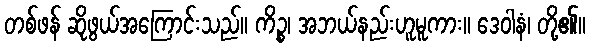
တစ်ဖန် ဆိုဖွယ်အကြောင်းသည်။ ကိဉ္စ၊ အဘယ်နည်းဟူမူကား။ ဒေဝါနံ၊ တို့၏။